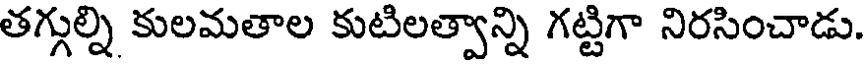
తగ్గుల్ని కులమతాల కుటిలత్వాన్ని గట్టిగా నిరసించాడు.